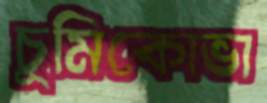
চুমিকোভা